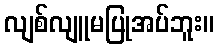
လျစ်လျူမပြုအပ်ဘူး။